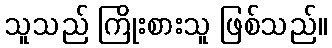
သူသည် ကြိုးစားသူ ဖြစ်သည်။